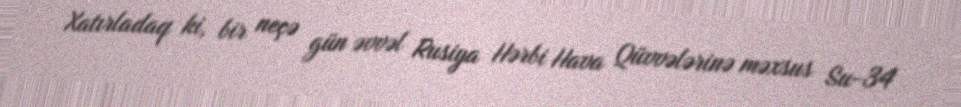
Xatırladaq ki, bir neçə gün əvvəl Rusiya Hərbi Hava Qüvvələrinə məxsus Su-34